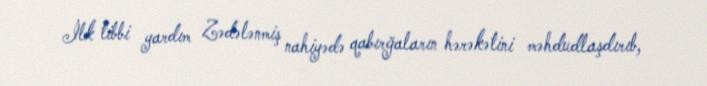
İlk tibbi yardım Zədələnmiş nahiyədə qabırğaların hərəkətini məhdudlaşdırıb,